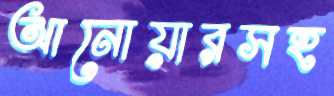
আনোয়ারসহ